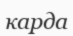
карда